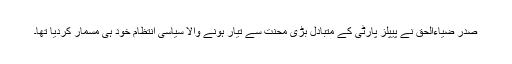
صدر ضیاءالحق نے پیپلز پارٹی کے متبادل بڑی محنت سے تیار ہونے والا سیاسی انتظام خود ہی مسمار کردیا تھا۔